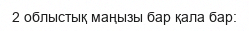
2 облыстық маңызы бар қала бар: